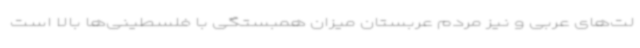
لت‌های عربی و نیز مردم عربستان میزان همبستگی با فلسطینی‌ها بالا است